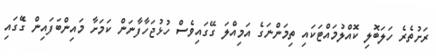
ރަށުތެރެ ހަލަބޮލި ކޮއްލުމައްޓަކައި ތިމަންނަގެ އަމިއްލަ ގޭގައިވެސް ހުޅުޖަހާފާނަން ކަމަށާ މައިންބަފައިން ގެޭގައި